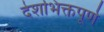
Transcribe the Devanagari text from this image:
देशभिक्तपूर्ण